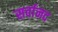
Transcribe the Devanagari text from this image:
सर्वानद